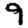
Digit: 9